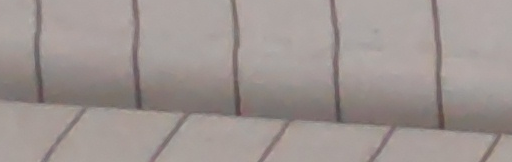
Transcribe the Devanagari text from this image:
नेपाली मान्छे